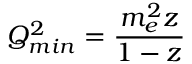
Q _ { m i n } ^ { 2 } = { \frac { m _ { e } ^ { 2 } z } { 1 - z } }